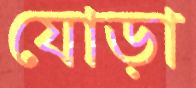
যোড়া